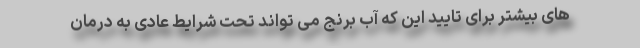
های بیشتر برای تایید این که آب برنج می تواند تحت شرایط عادی به درمان